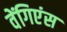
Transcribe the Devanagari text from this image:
वेंगिएंस